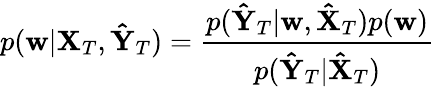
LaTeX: p(\mathbf{w}|\mathbf{X}_{T},\mathbf{\hat{Y}}_{T})=\frac{p(\mathbf{\hat{Y}}_{T}|\mathbf{w},\mathbf{\hat{X}}_{T})p(\mathbf{w})}{p(\mathbf{\hat{Y}}_{T}|\mathbf{\hat{X}}_{T})}